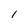
Character: l